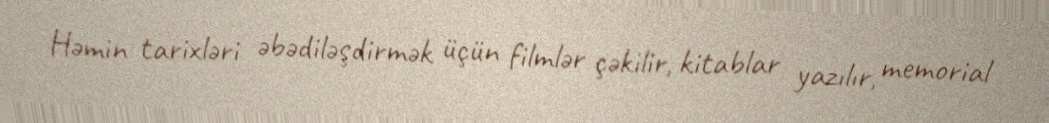
Həmin tarixləri əbədiləşdirmək üçün filmlər çəkilir, kitablar yazılır, memorial